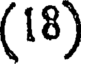
(18)